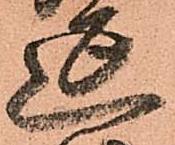
延